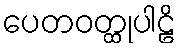
ပေတဝတ္ထုပါဠိ